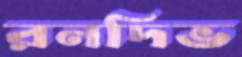
রনদিভ